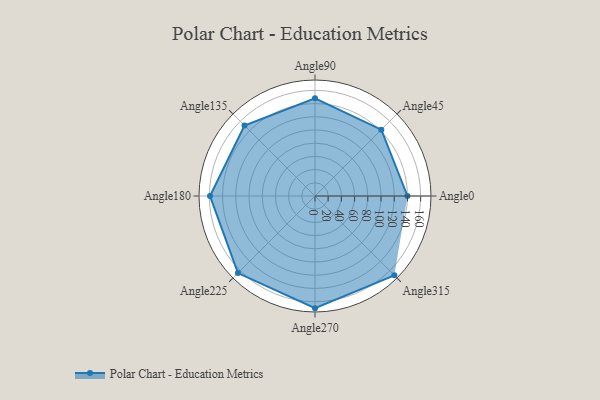
{"axis": {"x": "Angle", "y": "Radius"}, "legend": [""], "data": [{"x": "Angle0", "y": 140.0, "type": ""}, {"x": "Angle45", "y": 142.0, "type": ""}, {"x": "Angle90", "y": 148.0, "type": ""}, {"x": "Angle135", "y": 151.0, "type": ""}, {"x": "Angle180", "y": 159.0, "type": ""}, {"x": "Angle225", "y": 165.0, "type": ""}, {"x": "Angle270", "y": 170, "type": ""}, {"x": "Angle315", "y": 170, "type": ""}]}